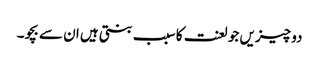
دو چیزیں جو لعنت کا سبب بنتی ہیں ان سے بچو۔